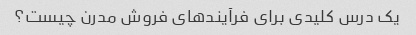
یک درس کلیدی برای فرآیندهای فروش مدرن چیست؟